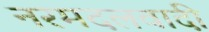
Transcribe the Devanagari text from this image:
नरमदलवादी